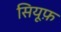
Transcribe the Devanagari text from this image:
सियूफ़